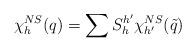
LaTeX: \begin{align*}\chi _h^{NS}(q)=\sum S_h^{h^{\prime }}\chi _{h^{\prime }}^{NS}(\tilde{q})\end{align*}